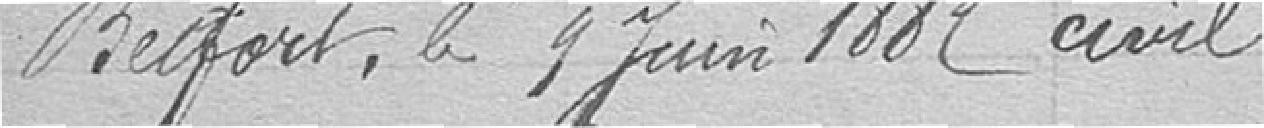
Belfort, le 9 juin 1882 civil